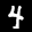
Label: 4